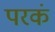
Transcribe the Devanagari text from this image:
परकं